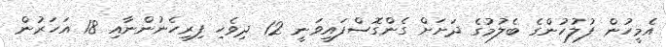
އެމީހުން ފުލުހުންގެ ބެލުމުގެ ދަށަށް ގެންގޮސްފައިވަނީ 12 ދިވެހި ފިރިހެނުންނާއި 18 އަހަރުން